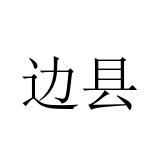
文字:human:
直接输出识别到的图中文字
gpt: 边县